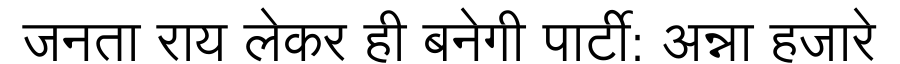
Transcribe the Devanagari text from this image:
जनता राय लेकर ही बनेगी पार्टी: अन्ना हजारे